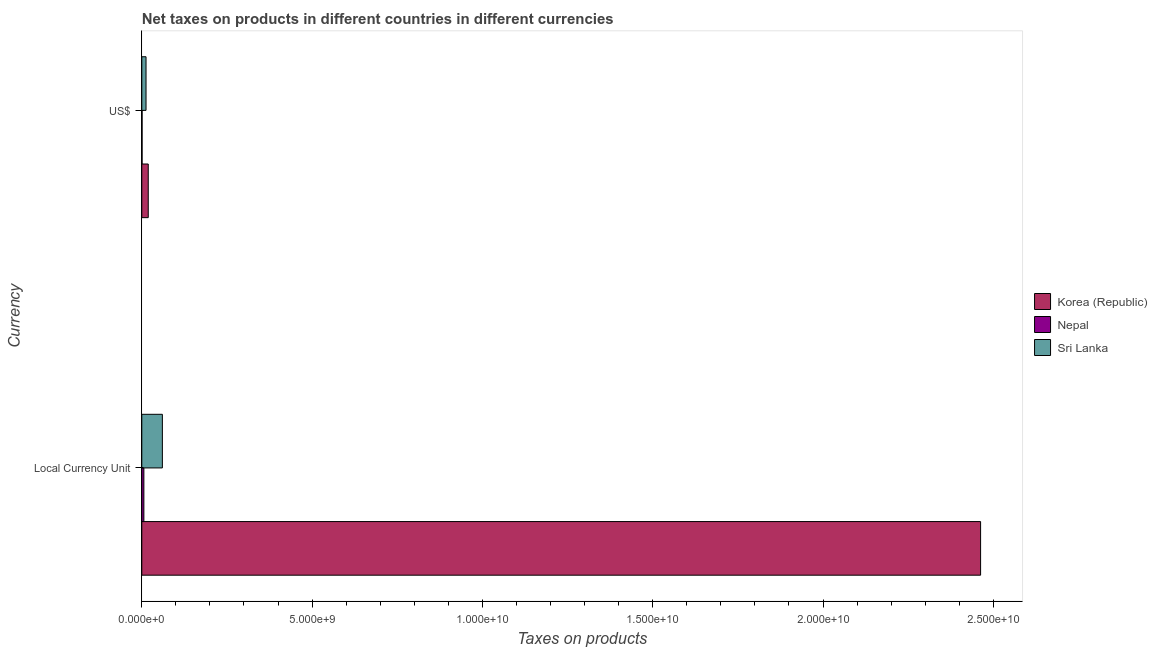
| Currency | Korea (Republic) | Nepal | Sri Lanka |
 | --- | --- | --- | --- |
 | Local Currency Unit | 2.46e+10 | 6.1e+07 | 6.04e+08 |
 | US$ | 1.89e+08 | 8.01e+06 | 1.24e+08 |